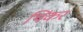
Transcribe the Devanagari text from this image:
थिंकर